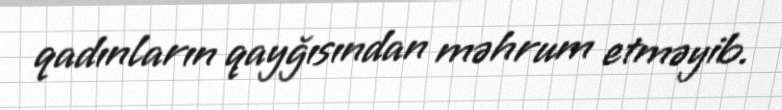
qadınların qayğısından məhrum etməyib.